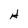
Character: H